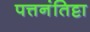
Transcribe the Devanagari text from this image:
पत्तनंतिट्टा